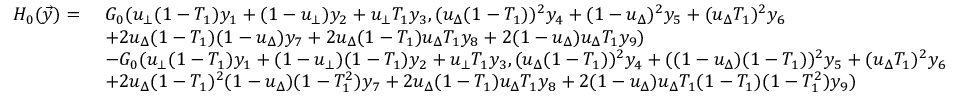
\begin{array} { r l } { H _ { 0 } ( \vec { y } ) = \ } & { G _ { 0 } ( u _ { \bot } ( 1 - T _ { 1 } ) y _ { 1 } + ( 1 - u _ { \bot } ) y _ { 2 } + u _ { \bot } T _ { 1 } y _ { 3 } , ( u _ { \Delta } ( 1 - T _ { 1 } ) ) ^ { 2 } y _ { 4 } + ( 1 - u _ { \Delta } ) ^ { 2 } y _ { 5 } + ( u _ { \Delta } T _ { 1 } ) ^ { 2 } y _ { 6 } } \\ & { + 2 u _ { \Delta } ( 1 - T _ { 1 } ) ( 1 - u _ { \Delta } ) y _ { 7 } + 2 u _ { \Delta } ( 1 - T _ { 1 } ) u _ { \Delta } T _ { 1 } y _ { 8 } + 2 ( 1 - u _ { \Delta } ) u _ { \Delta } T _ { 1 } y _ { 9 } ) } \\ & { - G _ { 0 } ( u _ { \bot } ( 1 - T _ { 1 } ) y _ { 1 } + ( 1 - u _ { \bot } ) ( 1 - T _ { 1 } ) y _ { 2 } + u _ { \bot } T _ { 1 } y _ { 3 } , ( u _ { \Delta } ( 1 - T _ { 1 } ) ) ^ { 2 } y _ { 4 } + ( ( 1 - u _ { \Delta } ) ( 1 - T _ { 1 } ) ) ^ { 2 } y _ { 5 } + ( u _ { \Delta } T _ { 1 } ) ^ { 2 } y _ { 6 } } \\ & { + 2 u _ { \Delta } ( 1 - T _ { 1 } ) ^ { 2 } ( 1 - u _ { \Delta } ) ( 1 - T _ { 1 } ^ { 2 } ) y _ { 7 } + 2 u _ { \Delta } ( 1 - T _ { 1 } ) u _ { \Delta } T _ { 1 } y _ { 8 } + 2 ( 1 - u _ { \Delta } ) u _ { \Delta } T _ { 1 } ( 1 - T _ { 1 } ) ( 1 - T _ { 1 } ^ { 2 } ) y _ { 9 } ) } \end{array}